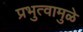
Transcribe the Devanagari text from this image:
प्रभुत्वामुळे